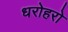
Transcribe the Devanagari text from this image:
धरोहरो